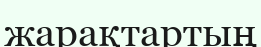
жарақтартың